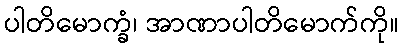
ပါတိမောက္ခံ၊ အာဏာပါတိမောက်ကို။